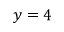
y = 4